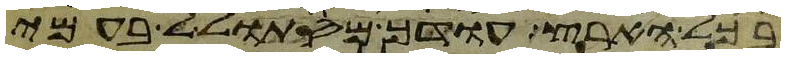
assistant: בכל הארץ עודך מסתולל בעמי